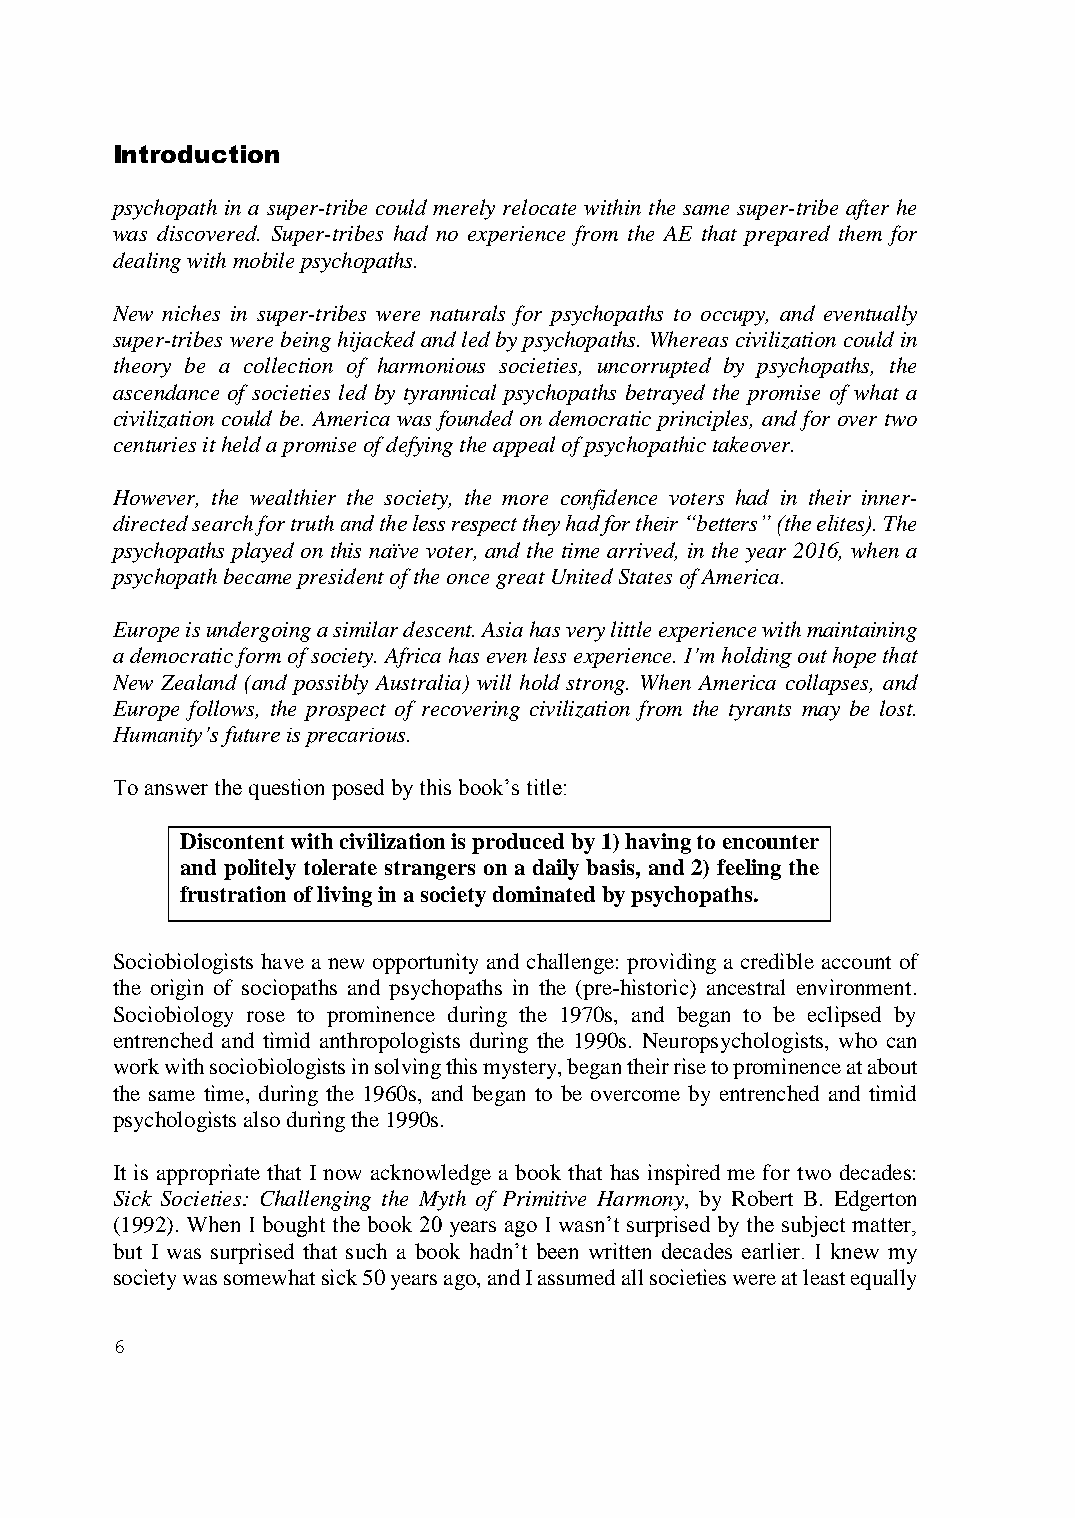
Introduction
 psychopath in a super-tribe could merely relocate within the same super-tribe after he
 was discovered. Super-tribes had no experience from the AE that prepared them for
 dealing with mobile psychopaths.
 New niches in super-tribes were naturals for psychopaths to occupy, and eventually
 super-tribes were being hijacked and led by psychopaths. Whereas civilization could in
 theory be a collection of harmonious societies, uncorrupted by psychopaths, the
 ascendance of societies led by tyrannical psychopaths betrayed the promise of what a
 civilization could be. America was founded on democratic principles, and for over two
 centuries it held a promise of defying the appeal of psychopathic takeover.
 However, the wealthier the society, the more confidence voters had in their inner-
 directed search for truth and the less respect they had for their “betters” (the elites). The
 psychopaths played on this naïve voter, and the time arrived, in the year 2016, when a
 psychopath became president of the once great United States of America.
 Europe is undergoing a similar descent. Asia has very little experience with maintaining
 a democratic form of society. Africa has even less experience. I’m holding out hope that
 New Zealand (and possibly Australia) will hold strong. When America collapses, and
 Europe follows, the prospect of recovering civilization from the tyrants may be lost.
 Humanity’s future is precarious.
 To answer the question posed by this book’s title:
 Discontent with civilization is produced by 1) having to encounter
 and politely tolerate strangers on a daily basis, and 2) feeling the
 frustration of living in a society dominated by psychopaths.
 Sociobiologists have a new opportunity and challenge: providing a credible account of
 the origin of sociopaths and psychopaths in the (pre-historic) ancestral environment.
 Sociobiology rose to prominence during the 1970s, and began to be eclipsed by
 entrenched and timid anthropologists during the 1990s. Neuropsychologists, who can
 work with sociobiologists in solving this mystery, began their rise to prominence at about
 the same time, during the 1960s, and began to be overcome by entrenched and timid
 psychologists also during the 1990s.
 It is appropriate that I now acknowledge a book that has inspired me for two decades:
 Sick Societies: Challenging the Myth of Primitive Harmony, by Robert B. Edgerton
 (1992). When I bought the book 20 years ago I wasn’t surprised by the subject matter,
 but I was surprised that such a book hadn’t been written decades earlier. I knew my
 society was somewhat sick 50 years ago, and I assumed all societies were at least equally
 6